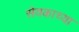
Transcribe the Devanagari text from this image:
सेवकाच्या